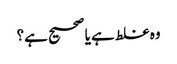
وہ غلط ہے یا صحیح ہے؟